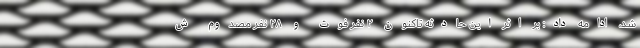
شد، ادامه داد: بر اثر این حادثه تاکنون ۲ نفر فوت و ۲۸ نفر مصدوم ش